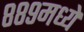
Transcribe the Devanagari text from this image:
८८९मध्ये